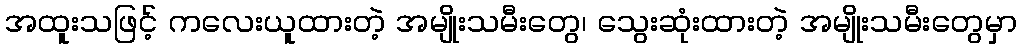
အထူးသဖြင့် ကလေးယူထားတဲ့ အမျိုးသမီးတွေ၊ သွေးဆုံးထားတဲ့ အမျိုးသမီးတွေမှာ